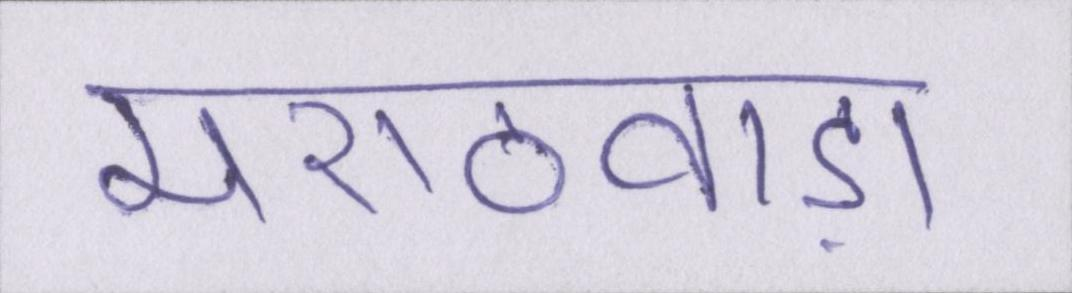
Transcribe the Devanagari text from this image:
मराठवाड़ा